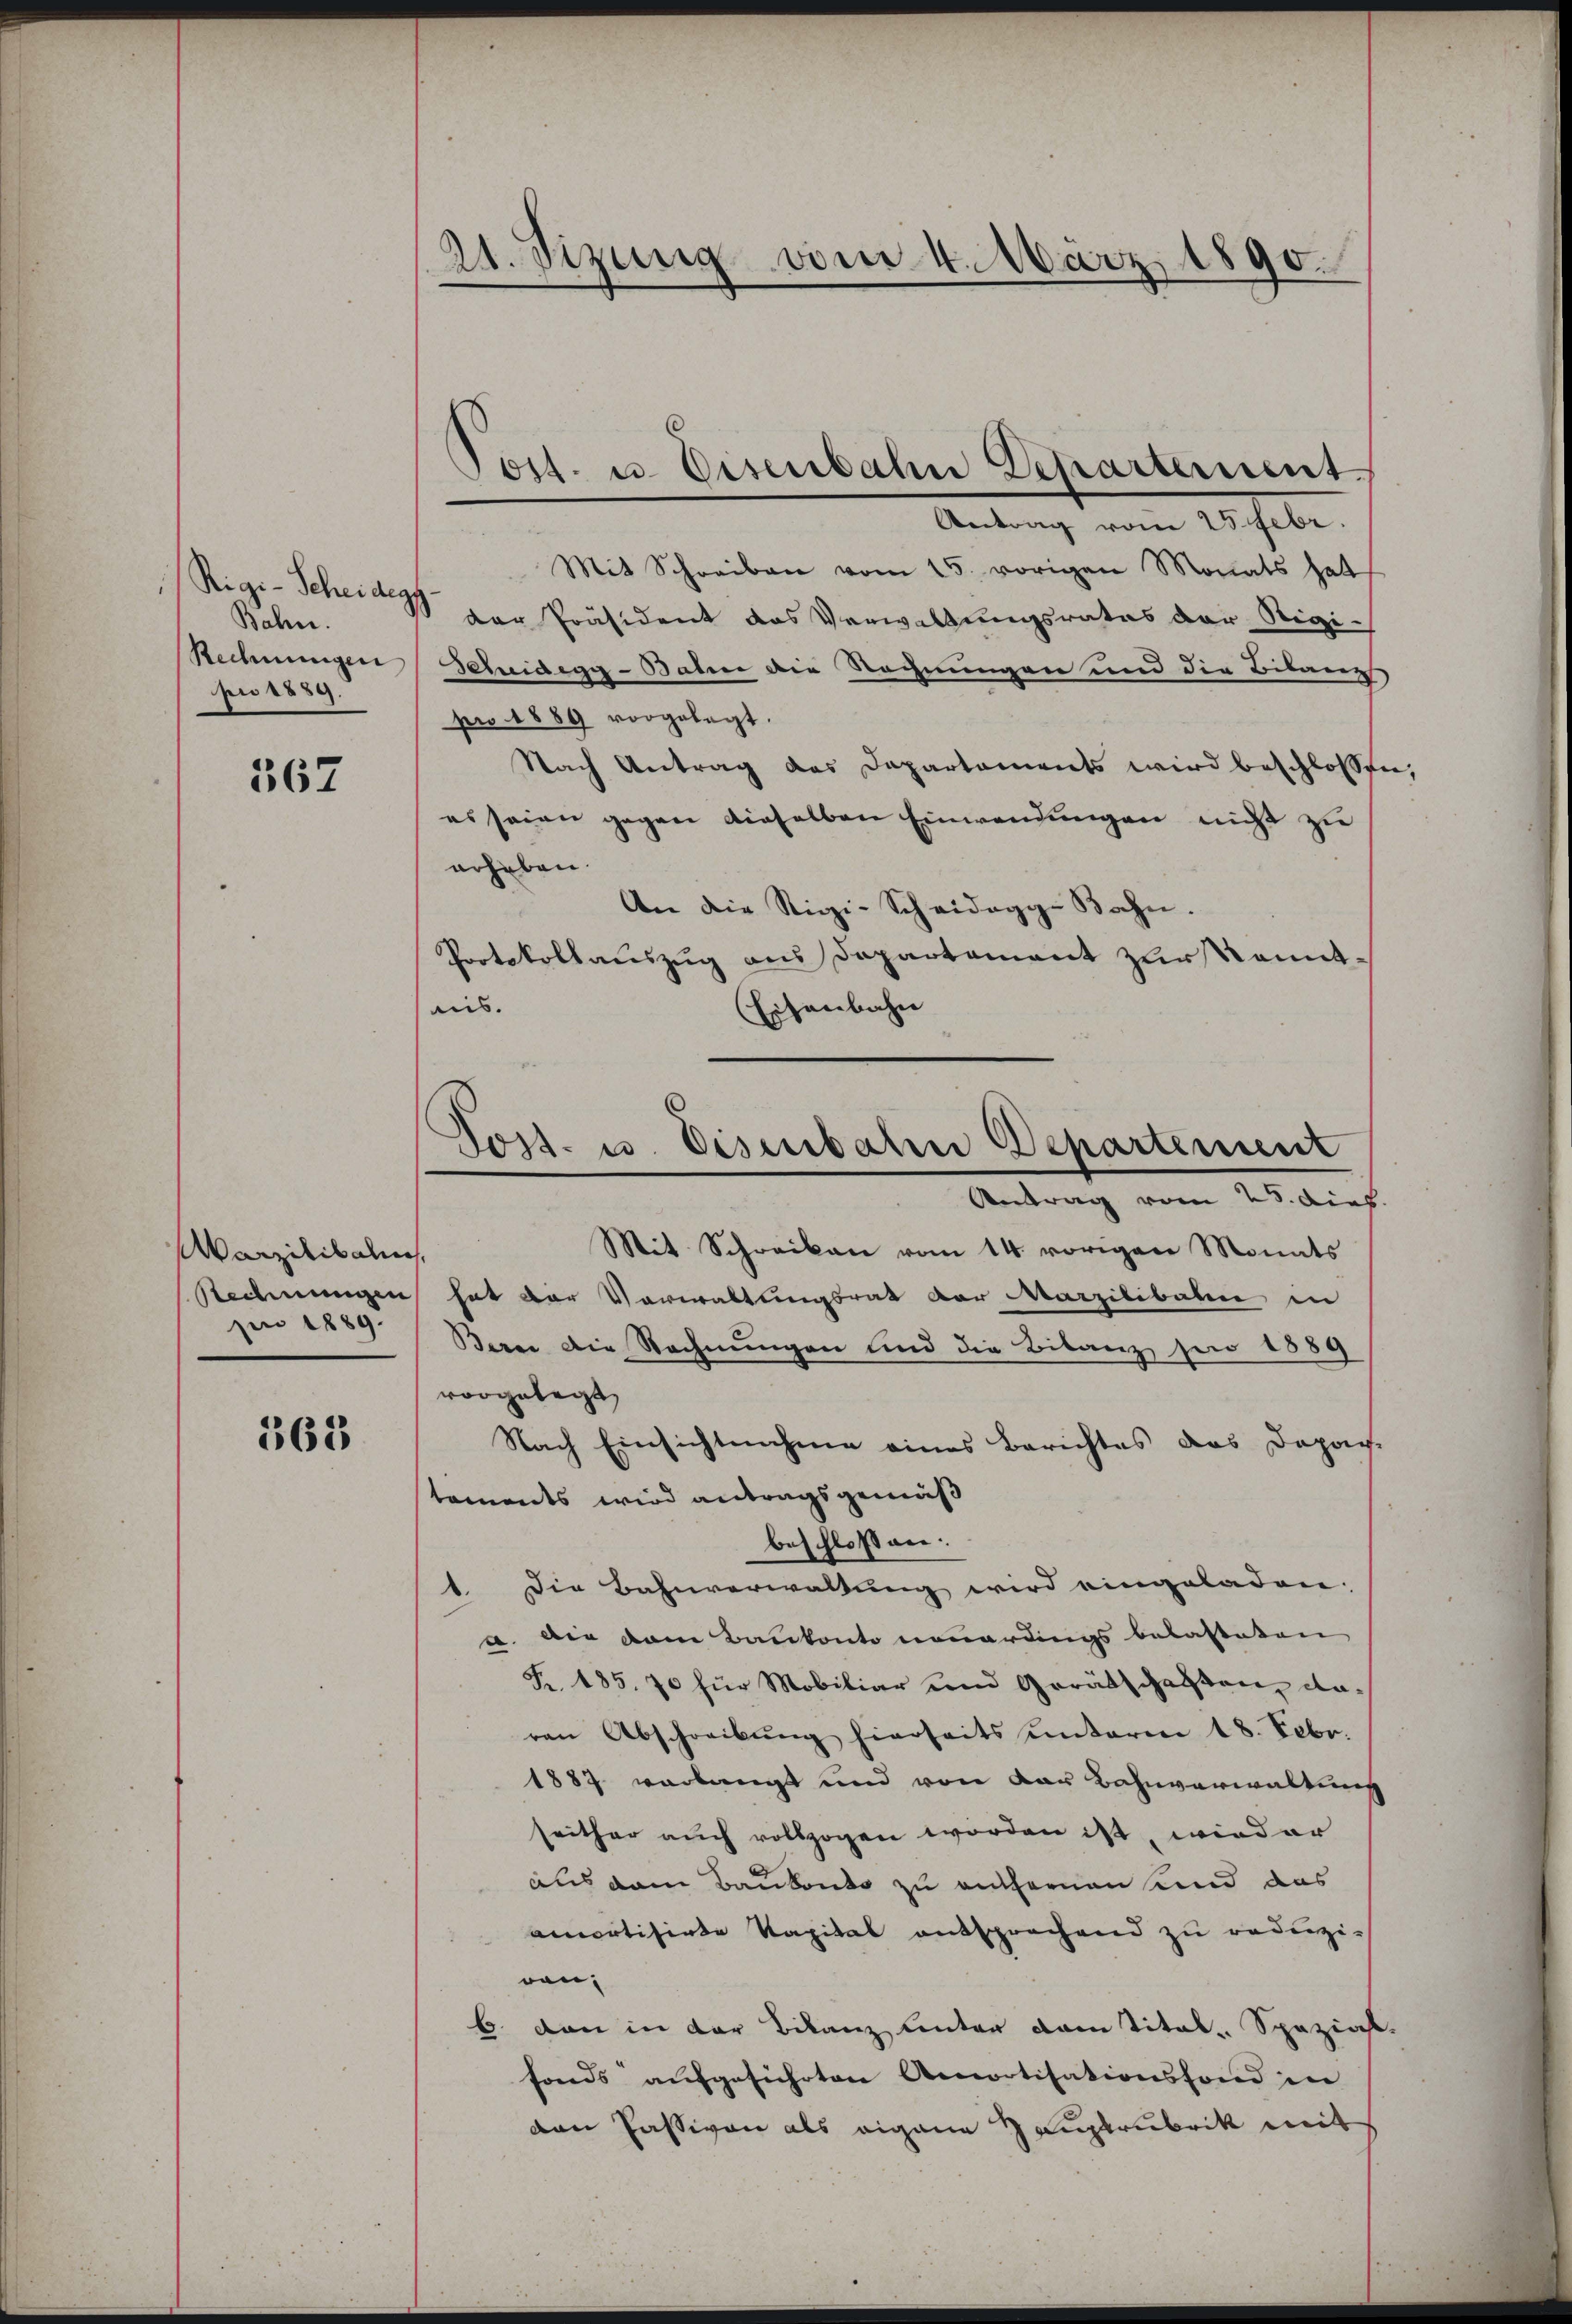
Rigi-Scheideg
Bahn.
Rechnungen
pi 1889.

367

Marzilikalien,
Rechnungen
pen 1889.

368

21. Sizung vom 4. März 1890.

Post. u. Eisenbahn Departement

Post- u. Eisenbaten Departement
Antrag vom 28. dies

Antrag vom 25. Febr.
Mit Schreiben vom 15. vorigen Monats hat
der Präsident das Verwaltungsrates der Sigi¬
Scheidegg - Baline die Rechnungen und die Bilangs
pro 1889 vorgelegt.
Nach Antrag des Departaments wird beschlossen,
es seien gegen dieselben Einwendungen nicht zu
erheben.
An die Rigi-Scheidegg-Bahn.
Protokollauszug aus Departement zur Komitnis.
Eisenbahn
Mit Schreiben vom 14. vorigen Monats
hat der Vorwaltungsrat der Marzilibalen in
Bern die Rechnungen und die Bitanz sei 1889
vorgelegt,
Nach Einsichtnahme eines Berichtes das Depar-
tements wird antragsgemäß
beschlossen.
die Bahnverwaltung wird eingeladen.
.
a. Die vom Baukonto neuerdings belasteten
Fr. 185. 70 für Mobiliar und Gerätschaften daren Abschreibŭng hierseits unterm 18. Febr.
1887 verlangt und von der Bahnverwaltung
seither auch vollzogen worden ist, wird er
aus dem Baubonto zu entfernen und das
amortisirte Kapital entsprechend zu reduzi-
von,
b. dann in der Bilanz unter dem Tital-Spezial-
fonds aŭfgeführten Aerotisationsfond in
den Passiven als eigene Hauptrubrik mit